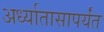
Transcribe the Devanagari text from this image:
अर्ध्यातासापर्यंत